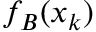
f _ { B } ( \boldsymbol { x } _ { k } )